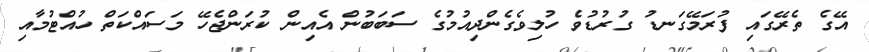
އޭގެ ތެރޭގައި ފުރަމޭގަނޑު ގުރުޑުވެ ހުލިވެގެންދިއުމުގެ ސަބަބުން އެއިން ކުރަންޖެހޭ މަސައްކަތް ހުއްޓުމާއި